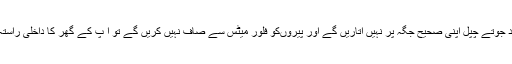
اگر گھر میں آنے والے افراد جوتے چپل اپنی صحیح جگہ پر نہیں اتاریں گے اور پیروںکو فلور میٹس سے صاف نہیں کریں گے تو آ پ کے گھر کا داخلی راستہ صاف ستھرا نہیں رہے گا۔